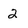
Character: 2